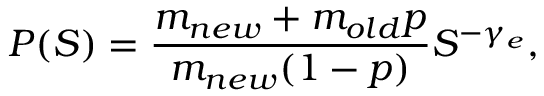
P ( S ) = \frac { m _ { n e w } + m _ { o l d } p } { m _ { n e w } ( 1 - p ) } S ^ { - \gamma _ { e } } ,